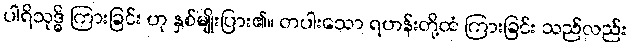
ပါရိသုဒ္ဓိ ကြားခြင်း ဟု နှစ်မျိုးပြား၏။ တပါးသော ရဟန်းတို့ထံ ကြားခြင်း သည်လည်း